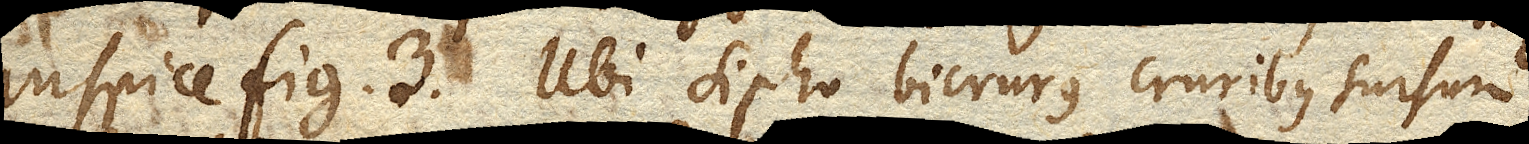
inspice fig. 3. Ubi sipho bicrurus cruribus sursum